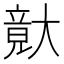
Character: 𡙴